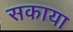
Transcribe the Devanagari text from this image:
सकाया